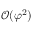
\mathcal { O } ( \varphi ^ { 2 } )